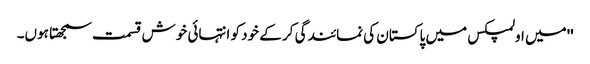
''میں اولمپکس میں پاکستان کی نمائندگی کر کے خود کو انتہائی خوش قسمت سمجھتا ہوں۔